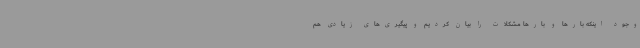
وجود اینکه بارها و بارها مشکلات را بیان کردیم و پیگیری‌های زیادی هم